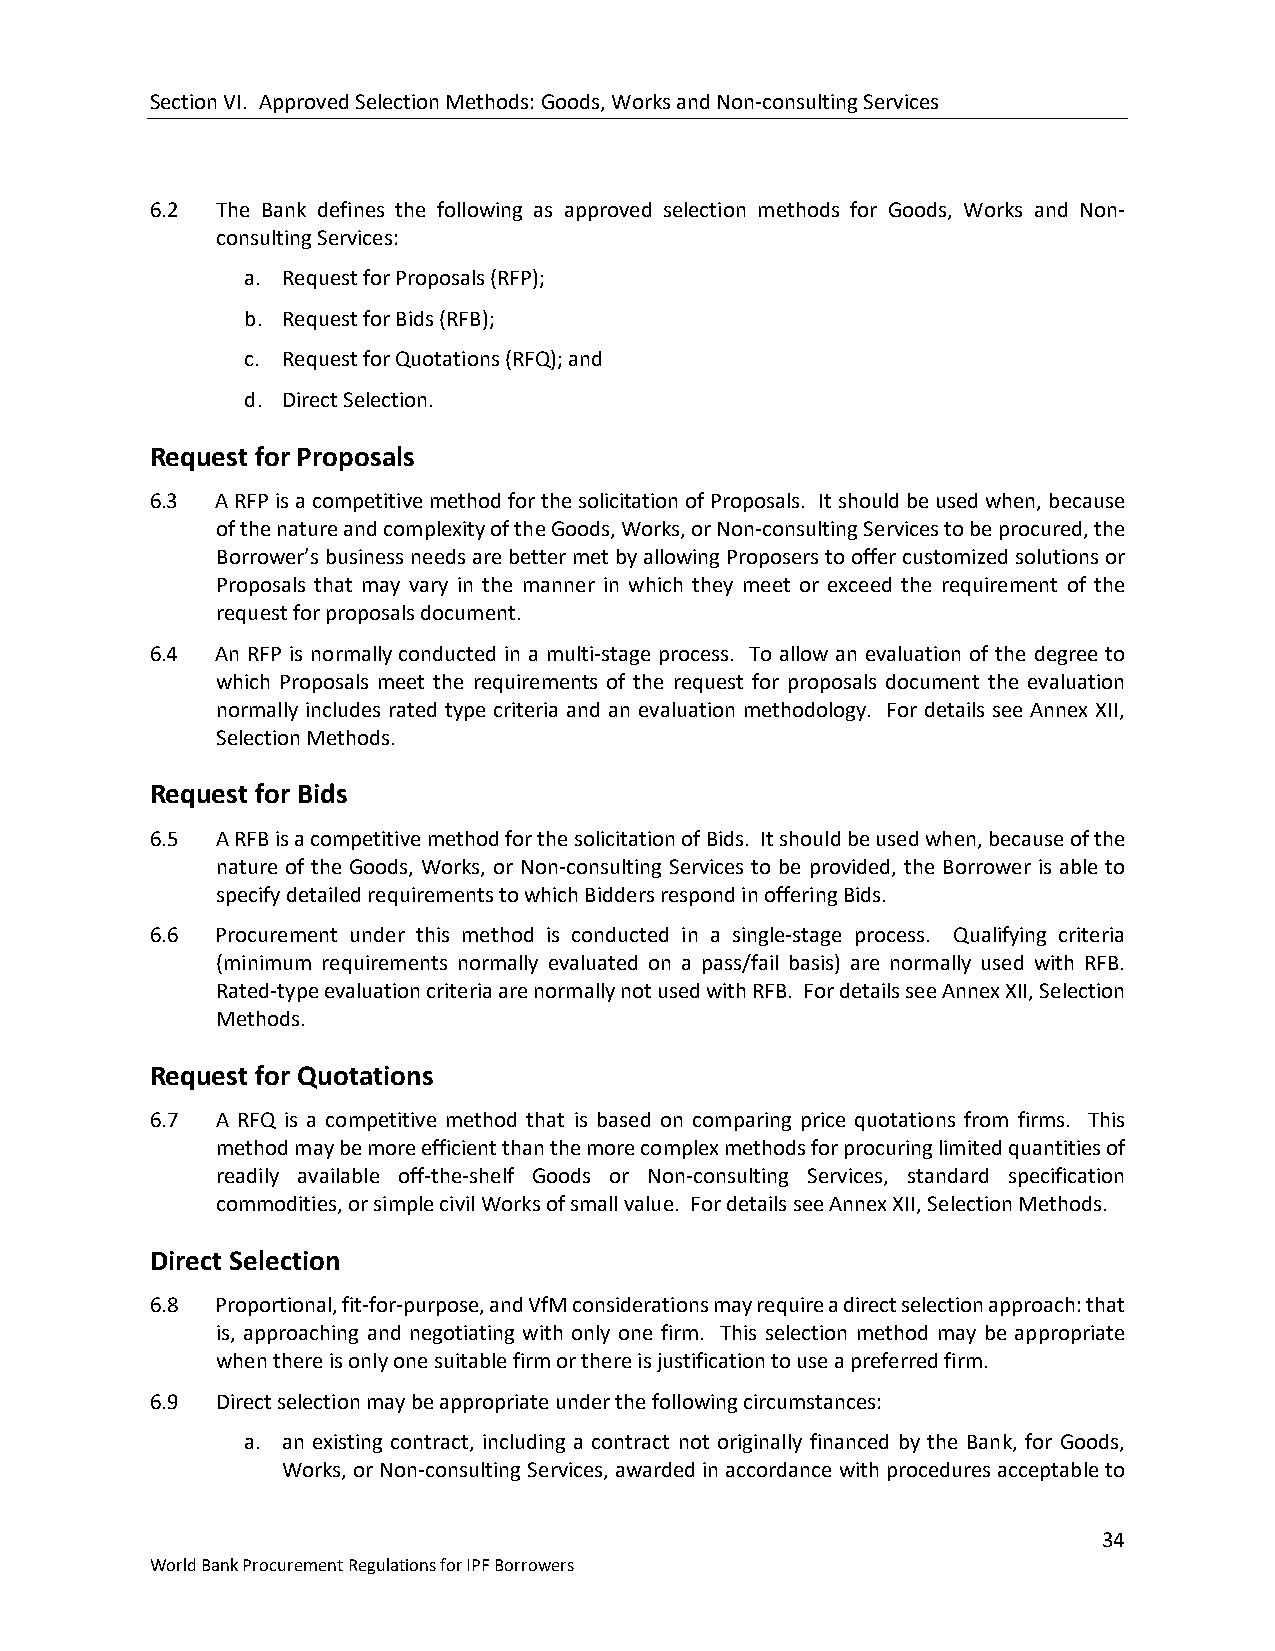
Section VI. Approved Selection Methods: Goods, Works and Non-consulting Services
 6.2 The Bank defines the following as approved selection methods for Goods, Works and Non-
 consulting Services:
 a. Request for Proposals (RFP);
 b. Request for Bids (RFB);
 c. Request for Quotations (RFQ); and
 d. Direct Selection.
 Request for Proposals
 6.3 A RFP is a competitive method for the solicitation of Proposals. It should be used when, because
 of the nature and complexity of the Goods, Works, or Non-consulting Services to be procured, the
 Borrower’s business needs are better met by allowing Proposers to offer customized solutions or
 Proposals that may vary in the manner in which they meet or exceed the requirement of the
 request for proposals document.
 6.4 An RFP is normally conducted in a multi-stage process. To allow an evaluation of the degree to
 which Proposals meet the requirements of the request for proposals document the evaluation
 normally includes rated type criteria and an evaluation methodology. For details see Annex XII,
 Selection Methods.
 Request for Bids
 6.5 A RFB is a competitive method for the solicitation of Bids. It should be used when, because of the
 nature of the Goods, Works, or Non-consulting Services to be provided, the Borrower is able to
 specify detailed requirements to which Bidders respond in offering Bids.
 6.6 Procurement under this method is conducted in a single-stage process. Qualifying criteria
 (minimum requirements normally evaluated on a pass/fail basis) are normally used with RFB.
 Rated-type evaluation criteria are normally not used with RFB. For details see Annex XII, Selection
 Methods.
 Request for Quotations
 6.7 A RFQ is a competitive method that is based on comparing price quotations from firms. This
 method may be more efficient than the more complex methods for procuring limited quantities of
 readily available off-the-shelf Goods or Non-consulting Services, standard specification
 commodities, or simple civil Works of small value. For details see Annex XII, Selection Methods.
 Direct Selection
 6.8 Proportional, fit-for-purpose, and VfM considerations may require a direct selection approach: that
 is, approaching and negotiating with only one firm. This selection method may be appropriate
 when there is only one suitable firm or there is justification to use a preferred firm.
 6.9 Direct selection may be appropriate under the following circumstances:
 a. an existing contract, including a contract not originally financed by the Bank, for Goods,
 Works, or Non-consulting Services, awarded in accordance with procedures acceptable to
 34
 World Bank Procurement Regulations for IPF Borrowers